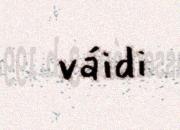
váidi